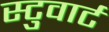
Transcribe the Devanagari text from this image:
स्टुवार्ट